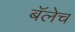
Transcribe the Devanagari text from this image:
बॅलेच